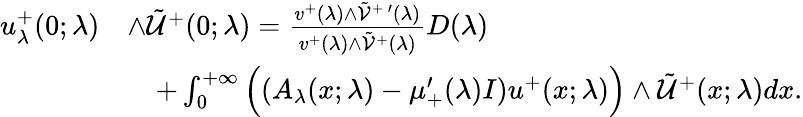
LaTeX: \begin{array}{rl}{u_{\lambda}^{+}(0;\lambda)}&{\wedge\tilde{\mathcal{U}}^{+}(0;\lambda)=\frac{v^{+}(\lambda)\wedge\tilde{\mathcal{V}}^{+\, \prime}(\lambda)}{v^{+}(\lambda)\wedge\tilde{\mathcal{V}}^{+}(\lambda)}D(\lambda)}\\ &{\quad+\int_{0}^{+\infty}\Big((A_{\lambda}(x;\lambda)-\mu_{+}^{\prime}(\lambda)I)u^{+}(x;\lambda)\Big)\wedge\tilde{\mathcal{U}}^{+}(x;\lambda)dx.}\end{array}